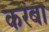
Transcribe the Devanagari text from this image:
करंबा